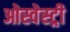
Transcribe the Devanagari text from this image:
ओस्वेस्ट्री